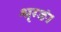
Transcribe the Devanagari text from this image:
श्रृग्ङं।